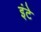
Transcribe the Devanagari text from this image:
इंटे